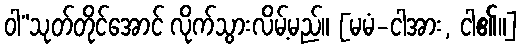
ဝါ”သုတ်တိုင်အောင် လိုက်သွားလိမ့်မည်။ [မမံ-ငါအား, ငါ၏။]